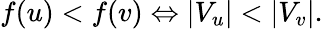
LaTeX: f(u)<f(v)\Leftrightarrow|V_{u}|<|V_{v}|.